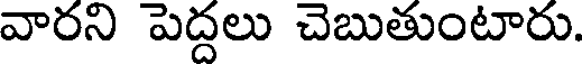
వారని పెద్దలు చెబుతుంటారు.